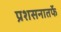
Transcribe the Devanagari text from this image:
प्रशसनातर्फे